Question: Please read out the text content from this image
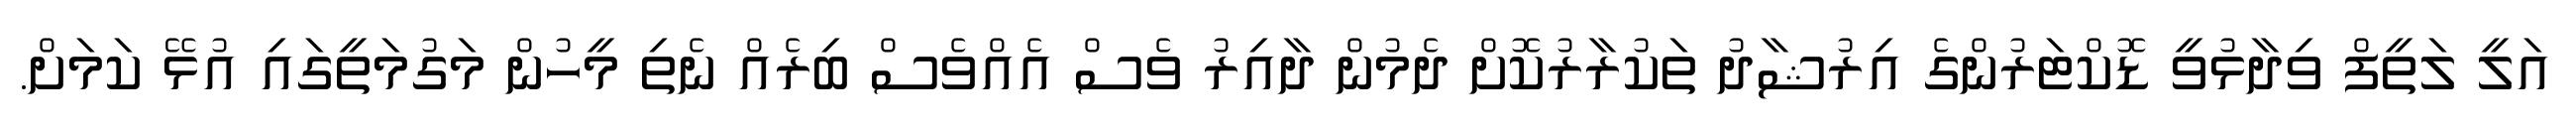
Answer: އަލީ ލަތީފް ވިދާޅުވީ ޑޮކްޓަރުންގެ އިރުޝާދު ތަކުރާރުކޮށް ދެމުން ދާއިރު ވެސް އެއްވެސް ބިރެއް ނެތި މީހުން މަގުމަތީގައި އުޅޭ ކަމަށް.